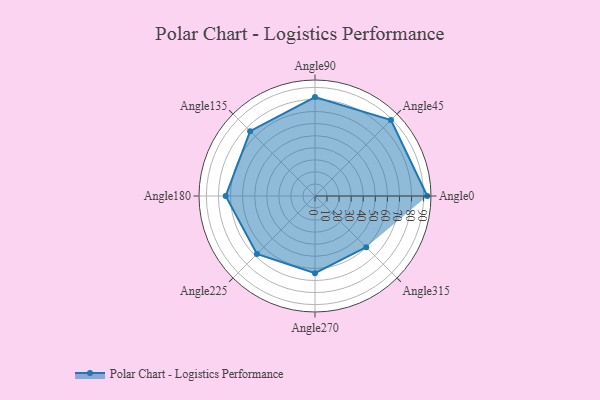
{"axis": {"x": "Angle", "y": "Radius"}, "legend": [""], "data": [{"x": "Angle0", "y": 93.0, "type": ""}, {"x": "Angle45", "y": 89.0, "type": ""}, {"x": "Angle90", "y": 82.0, "type": ""}, {"x": "Angle135", "y": 76.0, "type": ""}, {"x": "Angle180", "y": 74.0, "type": ""}, {"x": "Angle225", "y": 68.0, "type": ""}, {"x": "Angle270", "y": 64.0, "type": ""}, {"x": "Angle315", "y": 60.0, "type": ""}]}